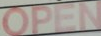
OPEN